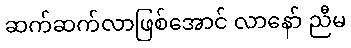
ဆက်ဆက်လာဖြစ်အောင် လာနော် ညီမ